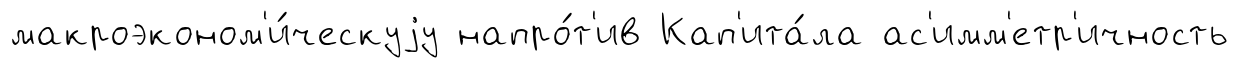
макроэконом'и́ческуjу напро́т'ив Кап'ита́ла ас'имм'етр'ичность